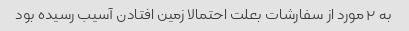
به ۲ مورد از سفارشات بعلت احتمالا زمین افتادن آسیب رسیده بود